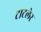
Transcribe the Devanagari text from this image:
टाटलेर